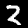
Digit: 2